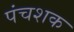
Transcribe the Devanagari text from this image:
पंचशक